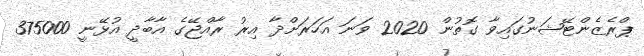
ޕްރެޒެންޓޭޝަނުގައިވާ ގޮތުން 2020 ވަނަ އަހަރަށްދާ އިރު ރާއްޖޭގެ އާބާދީ އުޅޭނީ 375000